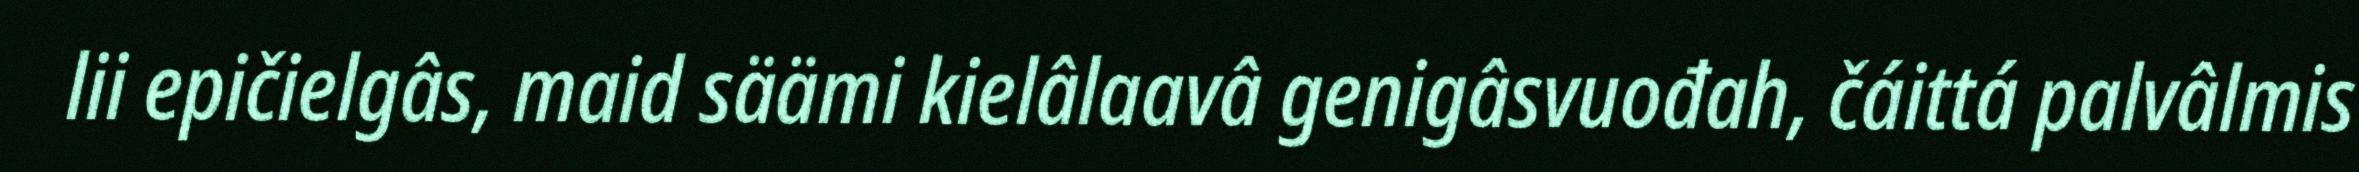
lii epičielgâs, maid säämi kielâlaavâ genigâsvuođah, čáittá palvâlmis